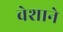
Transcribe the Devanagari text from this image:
वेशाने